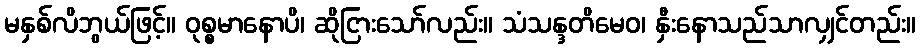
မနှစ်လိဘွယ်ဖြင့်။ ဝုစ္စမာနောပိ၊ ဆိုငြားသော်လည်း။ သံသန္ဒတိမေဝ၊ နှီးနောသည်သာလျှင်တည်း။